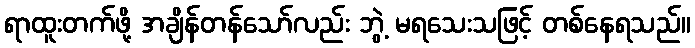
ရာထူးတက်ဖို့ အချိန်တန်သော်လည်း ဘွဲ့ မရသေးသဖြင့် တစ်နေရသည်။